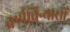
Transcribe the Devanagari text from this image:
वर्णविन्यासों